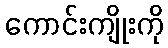
ကောင်းကျိုးကို